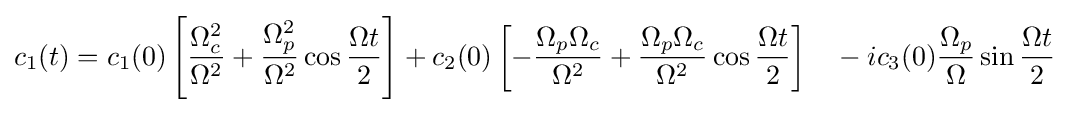
c_{1}(t)=c_{1}(0)\left[{\frac {\Omega _{c}^{2}}{\Omega ^{2}}}+{\frac {\Omega _{p}^{2}}{\Omega ^{2}}}\cos {\frac {\Omega t}{2}}\right]+c_{2}(0)\left[-{\frac {\Omega _{p}\Omega _{c}}{\Omega ^{2}}}+{\frac {\Omega _{p}\Omega _{c}}{\Omega ^{2}}}\cos {\frac {\Omega t}{2}}\right]\quad -ic_{3}(0){\frac {\Omega _{p}}{\Omega }}\sin {\frac {\Omega t}{2}}